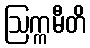
ဩက္ကမီတိ